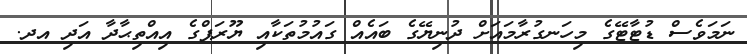
ނަމަވެސް ޑުޓާޓޭގެ މިހަނގުރާމައަށް ދުނިޔޭގެ ބައެއް ގައުމުތަކާއި ޔޫރަޕްގެ އިއްތިޙާދާ އަދި އދ.